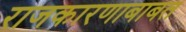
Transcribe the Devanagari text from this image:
राजकारणाबाबत